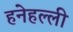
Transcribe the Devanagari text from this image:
हनेहल्ली